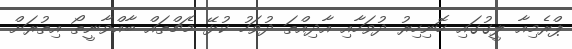
ޕްރެމިއާ ލީގުގައި ހޮނިހިރު ދުވަހާއި އާދިއްތަ ދުވަހު ކުޅޭ މެޗްތައް ބާއްވާނީތޯ އިތުރަށް